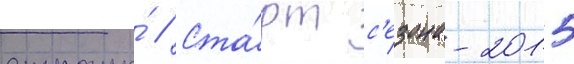
страны́ // Ста́рт с'езона-2015